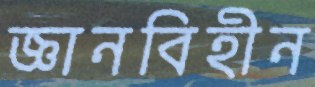
জ্ঞানবিহীন